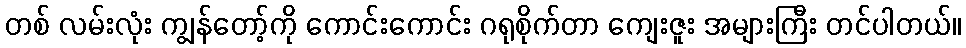
တစ် လမ်းလုံး ကျွန်တော့်ကို ကောင်းကောင်း ဂရုစိုက်တာ ကျေးဇူး အများကြီး တင်ပါတယ်။